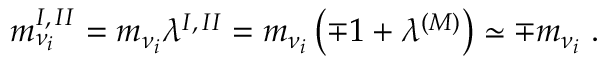
m _ { \nu _ { i } } ^ { I , \, I I } = m _ { \nu _ { i } } \lambda ^ { I , \, I I } = m _ { \nu _ { i } } \left( \mp 1 + \lambda ^ { ( M ) } \right) \simeq \mp m _ { \nu _ { i } } \; .